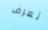
تعرف